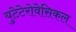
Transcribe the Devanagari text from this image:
युटेटेरोवेसिकल